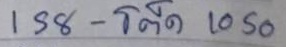
158 - โต๊ด 1050